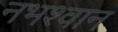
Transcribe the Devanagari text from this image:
नभश्वान